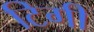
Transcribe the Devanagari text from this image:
टिगी